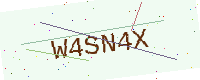
Text: W4SN4X